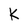
Character: K